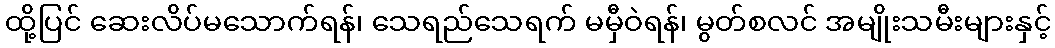
ထို့ပြင် ဆေးလိပ်မသောက်ရန်၊ သေရည်သေရက် မမှီဝဲရန်၊ မွတ်စလင် အမျိုးသမီးများနှင့်